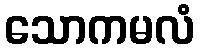
သောကမလံ